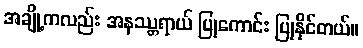
အချို့ကလည်း အနဿ္တရာယ် ပြုကောင်း ပြုနိုင်တယ်။